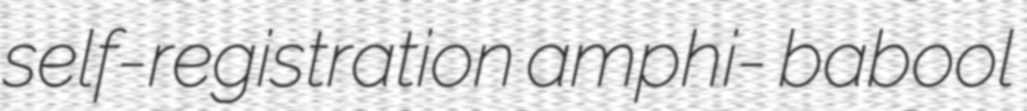
self-registration amphi- babool